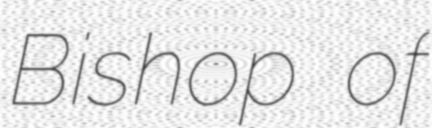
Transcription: Bishop of